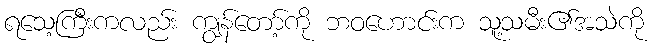
ရသေ့ကြီးကလည်း ကျွန်တော့်ကို ဘဝဟောင်းက သူ့သမီး၏အသဲကို